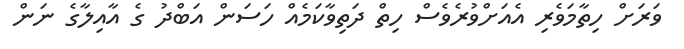
ވަރަށް ހިތާމަވެރި އެއަށްވުރެވެސް ހިތް ދަތިވާކަމެއް ހަސަން އަބްދު ގެ އާއިލާގެ ނަން